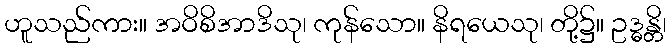
ဟူသည်ကား။ အဝိစိအာဒိသု၊ ကုန်သော။ နိရယေသု၊ တို့၌။ ဥဒ္ဓန္တိ၊